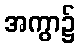
အကွာ၌